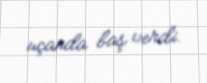
uçanda baş verdi.